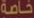
خاصة